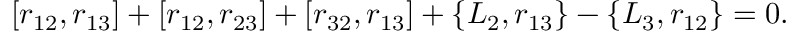
[ r _ { 1 2 } , r _ { 1 3 } ] + [ r _ { 1 2 } , r _ { 2 3 } ] + [ r _ { 3 2 } , r _ { 1 3 } ] + \{ L _ { 2 } , r _ { 1 3 } \} - \{ L _ { 3 } , r _ { 1 2 } \} = 0 .